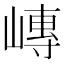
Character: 𪩍